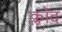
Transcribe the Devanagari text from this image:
क्लॉद